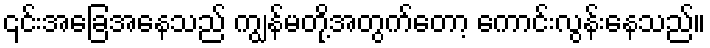
၎င်းအခြေအနေသည် ကျွန်မတို့အတွက်တော့ ကောင်းလွန်းနေသည်။